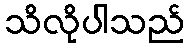
သိလိုပါသည်